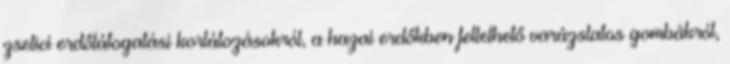
zselici erdőlátogatási korlátozásokról, a hazai erdőkben fellelhető varázslatos gombákról,